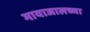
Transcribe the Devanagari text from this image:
मायाजालच्या